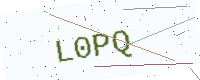
Text: L0PQ